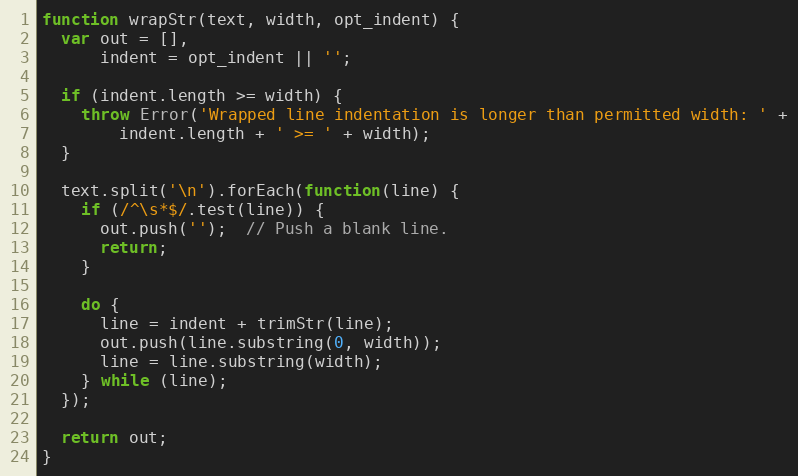
Language: JavaScript
function wrapStr(text, width, opt_indent) {
  var out = [],
      indent = opt_indent || '';

  if (indent.length >= width) {
    throw Error('Wrapped line indentation is longer than permitted width: ' +
        indent.length + ' >= ' + width);
  }

  text.split('\n').forEach(function(line) {
    if (/^\s*$/.test(line)) {
      out.push('');  // Push a blank line.
      return;
    }

    do {
      line = indent + trimStr(line);
      out.push(line.substring(0, width));
      line = line.substring(width);
    } while (line);
  });

  return out;
}